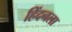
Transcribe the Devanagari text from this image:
हिंदनला